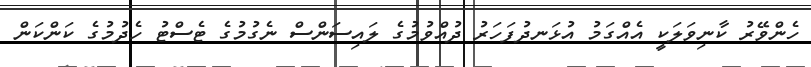
ހެންވޭރު ކާނިވަލަކީ އެއްގަމު އުޅަނދުފަހަރު ދުއްވުމުގެ ލައިސަންސް ނެގުމުގެ ޓެސްޓު ހެދުމުގެ ކަންކަން